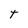
Character: t